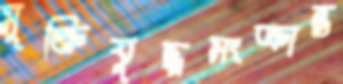
মুক্তিযুদ্ধসংক্রান্ত